Civil Veterinary Department. Madras. Admin. report 1910-25 - 1910-1925
Year: 1910
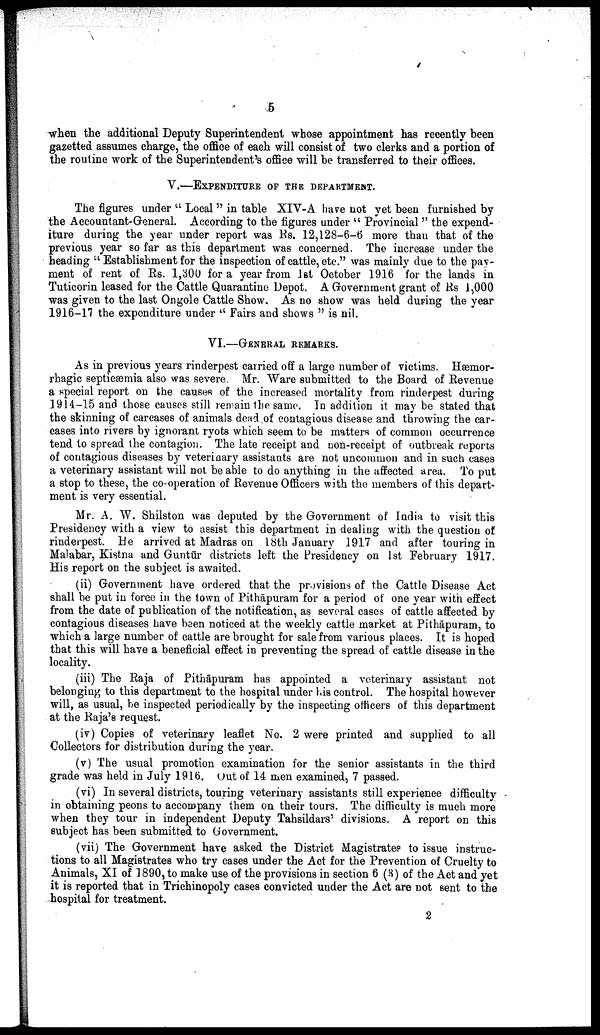
5
when the additional Deputy Superintendent whose appointment has recently been
gazetted assumes charge, the office of each will consist of two clerks and a portion of
the routine work of the Superintendent's office will be transferred to their offices.
V.—EXPENDITURE OF THE DEPARTMENT.
The figures under " Local " in table XIV-A have not yet been furnished by
the Accountant-General. According to the figures under " Provincial " the expend
iture during the year under report was Rs. 12,128-6—6 more than that of the
previous year so far as this department was concerned. The increase under the
heading " Establishment for the inspection of cattle, etc." was mainly due to the pay-
ment of rent of Rs. 1,300 for a year from 1st October 1916 for the lands in
Tuticorin leased for the Cattle Quarantine Depot. A Government grant of Rs 1,000
was given to the last Ongole Cattle Show. As no show was held during the year
1916-17 the expenditure under "Fairs and shows " is nil.
VI.—GENERAL REMARKS.
As in previous years rinderpest carried off a large number of victims. Hæmor-
rhagic septicæmia also was severe. Mr. Ware submitted to the Board of Revenue
a special report on the causes of the increased mortality from rinderpest during
1914-15 and those causes still remain the same. In addition it may be stated that
the skinning of carcases of animals dead of contagious disease and throwing the car
cases into rivers by ignorant ryots which seem to be matters of common occurrence
tend to spread the contagion. The late receipt and non-receipt of outbreak reports
of contagious diseases by veterinary assistants are not uncommon and in such cases
a veterinary assistant will not be able to do anything in the affected area. To put
a stop to these, the co-operation of Revenue Officers with the members of this depart
ment is very essential.
Mr. A. W. Shilston was deputed by the Government of India to visit this
Presidency with a view to assist this department in dealing with the question of
rinderpest. He arrived at Madras on 18th January 1917 and after touring in
Malabar, Kistna and Guntūr districts left the Presidency on 1st February 1917.
His report on the subject is awaited.
(ii) Government have ordered that the provisions of the Cattle Disease Act
shall be put in force in the town of Pithāpuram for a period of one year with effect
from the date of publication of the notification, as several cases of cattle affected by
contagious diseases have been noticed at the weekly cattle market at Pithāpuram, to
which a large number of cattle are brought for sale from various places. It is hoped
that this will have a beneficial effect in preventing the spread of cattle disease in the
locality.
(iii) The Raja of Pithāpuram has appointed a veterinary assistant not
belonging to this department to the hospital under his control. The hospital however
will, as usual, be inspected periodically by the inspecting officers of this department
at the Raja's request.
(iv) Copies of veterinary leaflet No. 2 were printed and supplied to all
Collectors for distribution during the year.
(v) The usual promotion examination for the senior assistants in the third
grade was held in July 1916. Out of 14 men examined, 7 passed.
(vi) In several districts, touring veterinary assistants still experience difficulty
in obtaining peons to accompany them on their tours. The difficulty is much more
when they tour in independent Deputy Tahsildars' divisions. A report on this
subject has been submitted to Government.
(vii) The Government have asked the District Magistrates to issue instruc
tions to all Magistrates who try cases under the Act for the Prevention of Cruelty to
Animals, XI of 1890, to make use of the provisions in section 6 (3) of the Act and yet
it is reported that in Trichinopoly cases convicted under the Act are not sent to the
hospital for treatment.
2